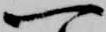
一